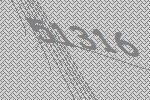
51316